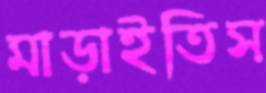
মাড়াইতিস